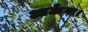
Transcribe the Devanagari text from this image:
आऊँगा।